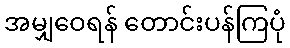
အမျှဝေရန် တောင်းပန်ကြပုံ